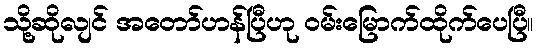
သို့ဆိုလျင် အတော်ဟန်ပြီဟု ဝမ်းမြောက်ထိုက်ပေပြီ။